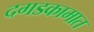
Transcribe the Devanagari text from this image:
दगडकामात